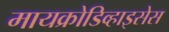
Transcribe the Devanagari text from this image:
मायक्रोडिव्हाइसेस